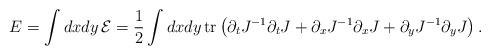
LaTeX: \begin{align*}E=\int dxdy\,{\cal E}=\frac{1}{2}\int dxdy\,\mbox{tr}\left(\partial_tJ^{-1}\partial_tJ+\partial_xJ^{-1}\partial_xJ+\partial_yJ^{-1}\partial_yJ\right).\end{align*}